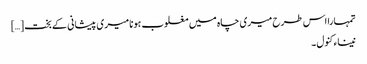
تمہارا اس طرح میری چاہ میں مغلوب ہونا میری پیشانی کے بخت […]
نیناء کنول ۔